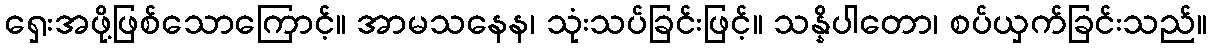
ရှေးအဖို့ဖြစ်သောကြောင့်။ အာမသနေန၊ သုံးသပ်ခြင်းဖြင့်။ သန္နိပါတော၊ စပ်ယှက်ခြင်းသည်။